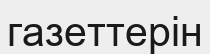
газеттерін